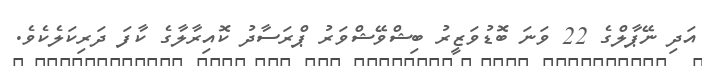
އަދި ނޭޕާލްގެ 22 ވަނަ ބޮޑުވަޒީރު ބިޝްވޭޝްވަރު ޕްރަސާދު ކޮއިރާލާގެ ކާފަ ދަރިކަލެކެވެ.